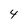
Character: 4